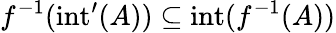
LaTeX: f^{-1}(\mathrm{int}^{\prime}(A))\subseteq\mathrm{int}(f^{-1}(A))